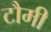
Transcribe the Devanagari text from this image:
टौमी